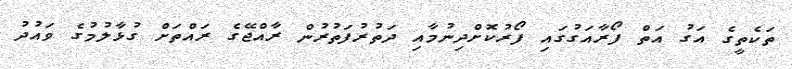
ތަކެތީގެ އަގު އަތް ފޯރާއަގުގައި ފޯރުކޮށްދިނުމާއި ދަތުރުފަތުރުން ރާއްޖޭގެ ރައްތަށް ގުޅާލުމުގެ ވައުދު